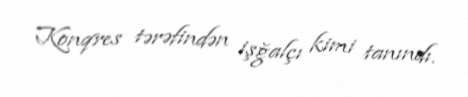
Konqres tərəfindən işğalçı kimi tanındı.